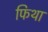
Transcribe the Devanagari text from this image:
फिथा